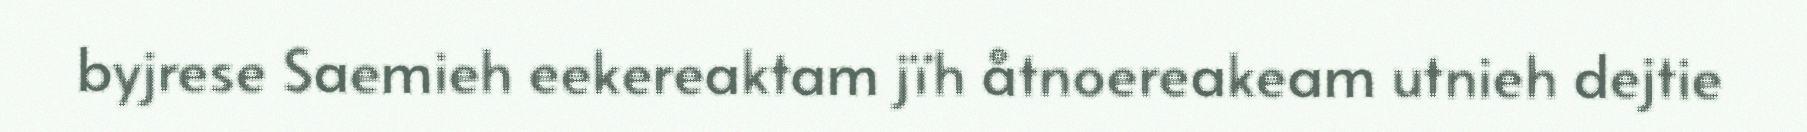
byjrese Saemieh eekereaktam jïh åtnoereakeam utnieh dejtie